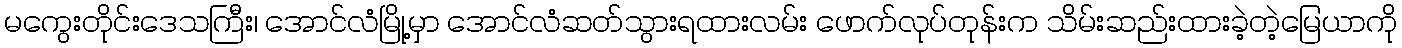
မကွေးတိုင်းဒေသကြီး၊ အောင်လံမြို့မှာ အောင်လံဆတ်သွားရထားလမ်း ဖောက်လုပ်တုန်းက သိမ်းဆည်းထားခဲ့တဲ့မြေယာကို